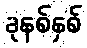
ခုနစ်နှစ်